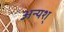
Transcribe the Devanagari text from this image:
अन्यश्